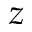
z